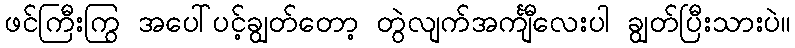
ဖင်ကြီးကြွ အပေါ်ပင့်ချွတ်တော့ တွဲလျက်အင်္ကျီလေးပါ ချွတ်ပြီးသားပဲ။